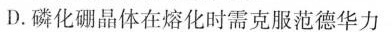
D.磷化硼晶体在熔化时需克服范德华力